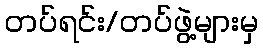
တပ်ရင်း/တပ်ဖွဲ့များမှ